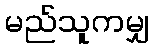
မည်သူကမျှ